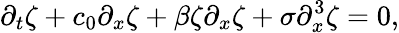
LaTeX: \partial_{t}\zeta+c_{0}\partial_{x}\zeta+\beta\zeta\partial_{x}\zeta+\sigma\partial_{x}^{3}\zeta=0,